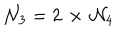
LaTeX: { \cal N } _ { 3 } = 2 \, \times \, { \cal N } _ { 4 }